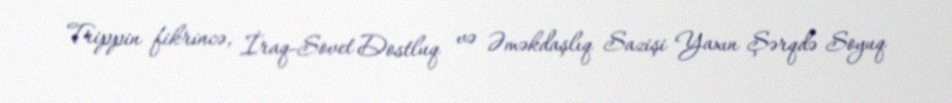
Trippin fikrincə, İraq-Sovet Dostluq və Əməkdaşlıq Sazişi Yaxın Şərqdə Soyuq